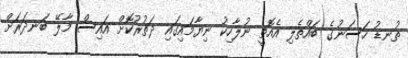
ތުނޑު ހަސަނުގެ ބައްތެލި އެއޮތީ ނުލާހިކު ނިޔާމައިގައި ދަތުރުކޮށް އައިސް މާލޭ ބަނދަރަށް